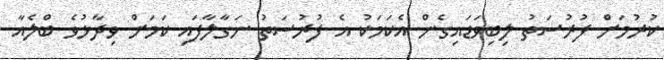
ކުރުމަށް ފުރުސަތު ލިބިވަޑައިގެން އެކަމަކު އެ ފުރުސަތު ނަގާލާފައި ކަމަށް ވިދާޅުވެ ބްލެއާ